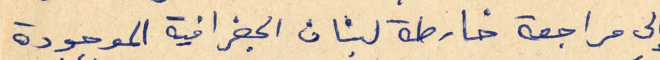
إلى مراجعة خارطة لبنان الجغرافية الموجودة